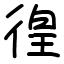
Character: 徨